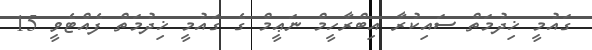
ގައުމީ ޚިދުމަތް ސައިކުރާ އިބްރާހީމް ނަޢީމް ގެ ގައުމީ ޚިދުމަތް ފެއްޓެވީ 15